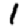
Digit: 1